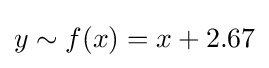
y\sim f(x)=x+2.67